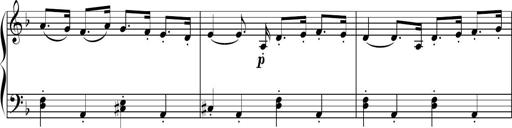
Title: Sonatine basque
Composer: Louis Sauter